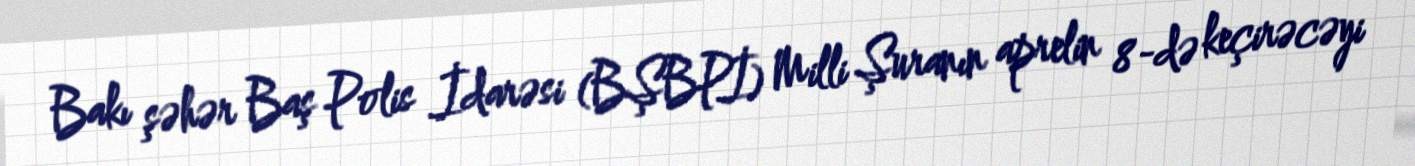
Bakı şəhər Baş Polis İdarəsi (BŞBPİ) Milli Şuranın aprelin 8-də keçirəcəyi